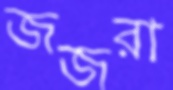
জজরা